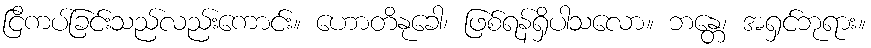
ငြိကပ်ခြင်းသည်လည်းကောင်း။ ဟောတိနုခေါ၊ ဖြစ်ရန်ရှိပါသလော။ ဘန္တေ၊ အရှင်ဘုရား။